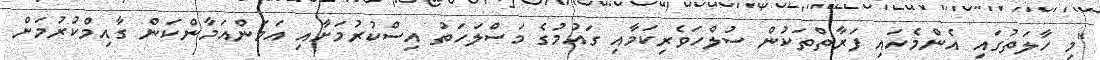
"މި ހާލަތުގައި އެންމެހައި ފަރާތްތަކުން ސުލްހަވެރިކަމާއި ގައުމުގެ މަސްލަހަތު އިސްކުރުމަށާއި އަމަންއަމާންކަން ގާއިމްކުރުމަށް